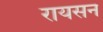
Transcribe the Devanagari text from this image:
रायसन